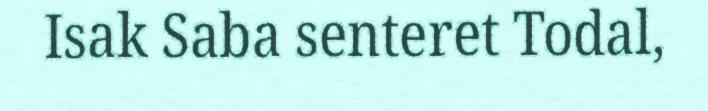
Isak Saba senteret Todal,